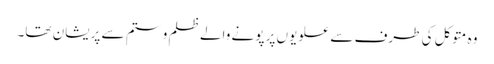
وہ متوکل کی طرف سے علویوں پر پونے والے ظلم و ستم سے پریشان تھا۔